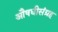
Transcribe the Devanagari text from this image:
औषधीसंग्रह